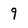
Character: 9